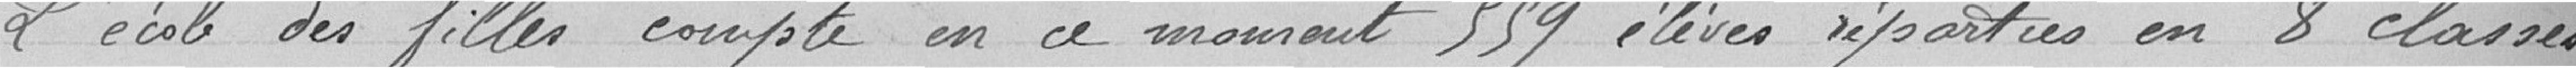
L'école des filles compte en ce moment 559 élèves réparties en 8 classes,